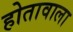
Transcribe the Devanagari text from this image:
होतावाला